Indian journal of veterinary science and animal husbandry - Volume 3,
Year: 1933
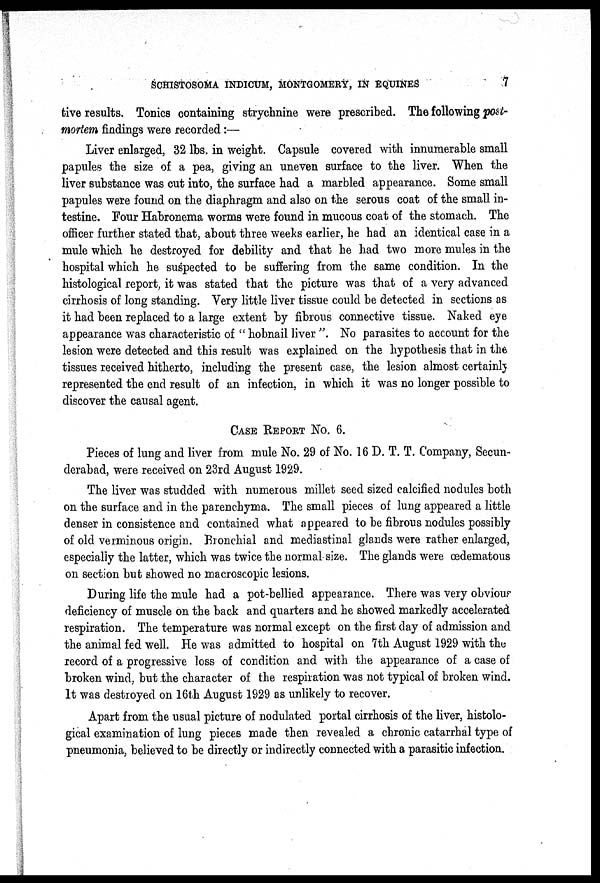
SCHISTOSOMA INDICUM, MONTGOMERY, IN EQUINES
7
tive results. Tonics containing strychnine were prescribed. The following post-
mortem findings were recorded:—
Liver enlarged, 32 lbs. in weight. Capsule covered with innumerable small
papules the size of a pea, giving an uneven surface to the liver. When the
liver substance was cut into, the surface had a marbled appearance. Some small
papules were found on the diaphragm and also on the serous coat of the small in-
testine. Four Habronema worms were found in mucous coat of the stomach. The
officer further stated that, about three weeks earlier, he had an identical case in a
mule which he destroyed for debility and that he had two more mules in the
hospital which he suspected to be suffering from the same condition. In the
histological report, it was stated that the picture was that of a very advanced
cirrhosis of long standing. Very little liver tissue could be detected in sections as
it had been replaced to a large extent by fibrous connective tissue. Naked eye
appearance was characteristic of " hobnail liver ". No parasites to account for the
lesion were detected and this result was explained on the hypothesis that in the
tissues received hitherto, including the present case, the lesion almost certainly
represented the end result of an infection, in which it was no longer possible to
discover the causal agent.
CASE REPORT NO. 6.
Pieces of lung and liver from mule No. 29 of No. 16 D. T. T. Company, Secun-
derabad, were received on 23rd August 1929.
The liver was studded with numerous millet seed sized calcified nodules both
on the surface and in the parenchyma. The small pieces of lung appeared a little
denser in consistence and contained what appeared to be fibrous nodules possibly
of old verminous origin. Bronchial and mediastinal glands were rather enlarged,
especially the latter, which was twice the normal size. The glands were œdematous
on section but showed no macroscopic lesions.
During life the mule had a pot-bellied appearance. There was very obvious
deficiency of muscle on the back and quarters and he showed markedly accelerated
respiration. The temperature was normal except on the first day of admission and
the animal fed well. He was admitted to hospital on 7th August 1929 with the
record of a progressive loss of condition and with the appearance of a case of
broken wind, but the character of the respiration was not typical of broken wind.
It was destroyed on 16th August 1929 as unlikely to recover.
Apart from the usual picture of nodulated portal cirrhosis of the liver, histolo-
gical examination of lung pieces made then revealed a chronic catarrhal type of
pneumonia, believed to be directly or indirectly connected with a parasitic infection.